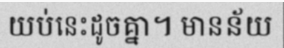
យប់នេះដូចគ្នា។ មានន័យ